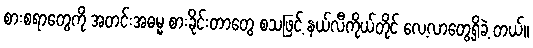
စားစရာတွေကို အတင်းအဓမ္မ စားခိုင်းတာတွေ စသဖြင့် နယ်လီကိုယ်တိုင် လေ့လာတွေ့ရှိခဲ့ တယ်။